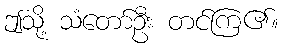
ဤသို့ သံတော်ဦး တင်ကြ၏။